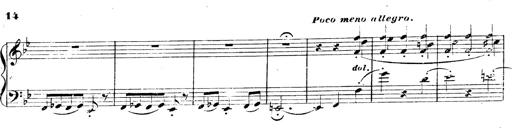
Title: 3 Caprices-Valses
Composer: Franz Liszt